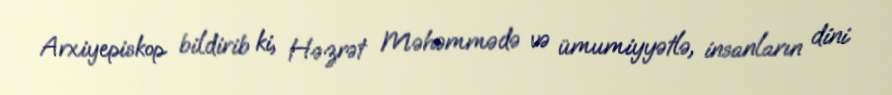
Arxiyepiskop bildirib ki, Həzrət Məhəmmədə və ümumiyyətlə, insanların dini